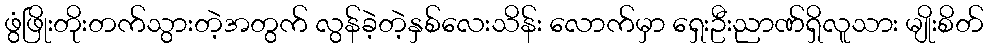
ဖွံဖြိုးတိုးတက်သွားတဲ့အတွက် လွန်ခဲ့တဲ့နှစ်လေးသိန်း လောက်မှာ ရှေးဦးညာဏ်ရှိလူသား မျိုးစိတ်